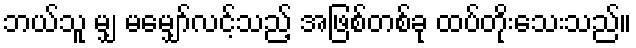
ဘယ်သူ မျှ မမျှော်လင့်သည့် အဖြစ်တစ်ခု ထပ်တိုးသေးသည်။